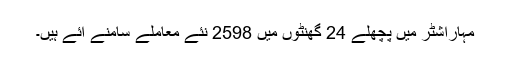
مہاراشٹر میں پچھلے 24 گھنٹوں میں 2598 نئے معاملے سامنے آئے ہیں۔